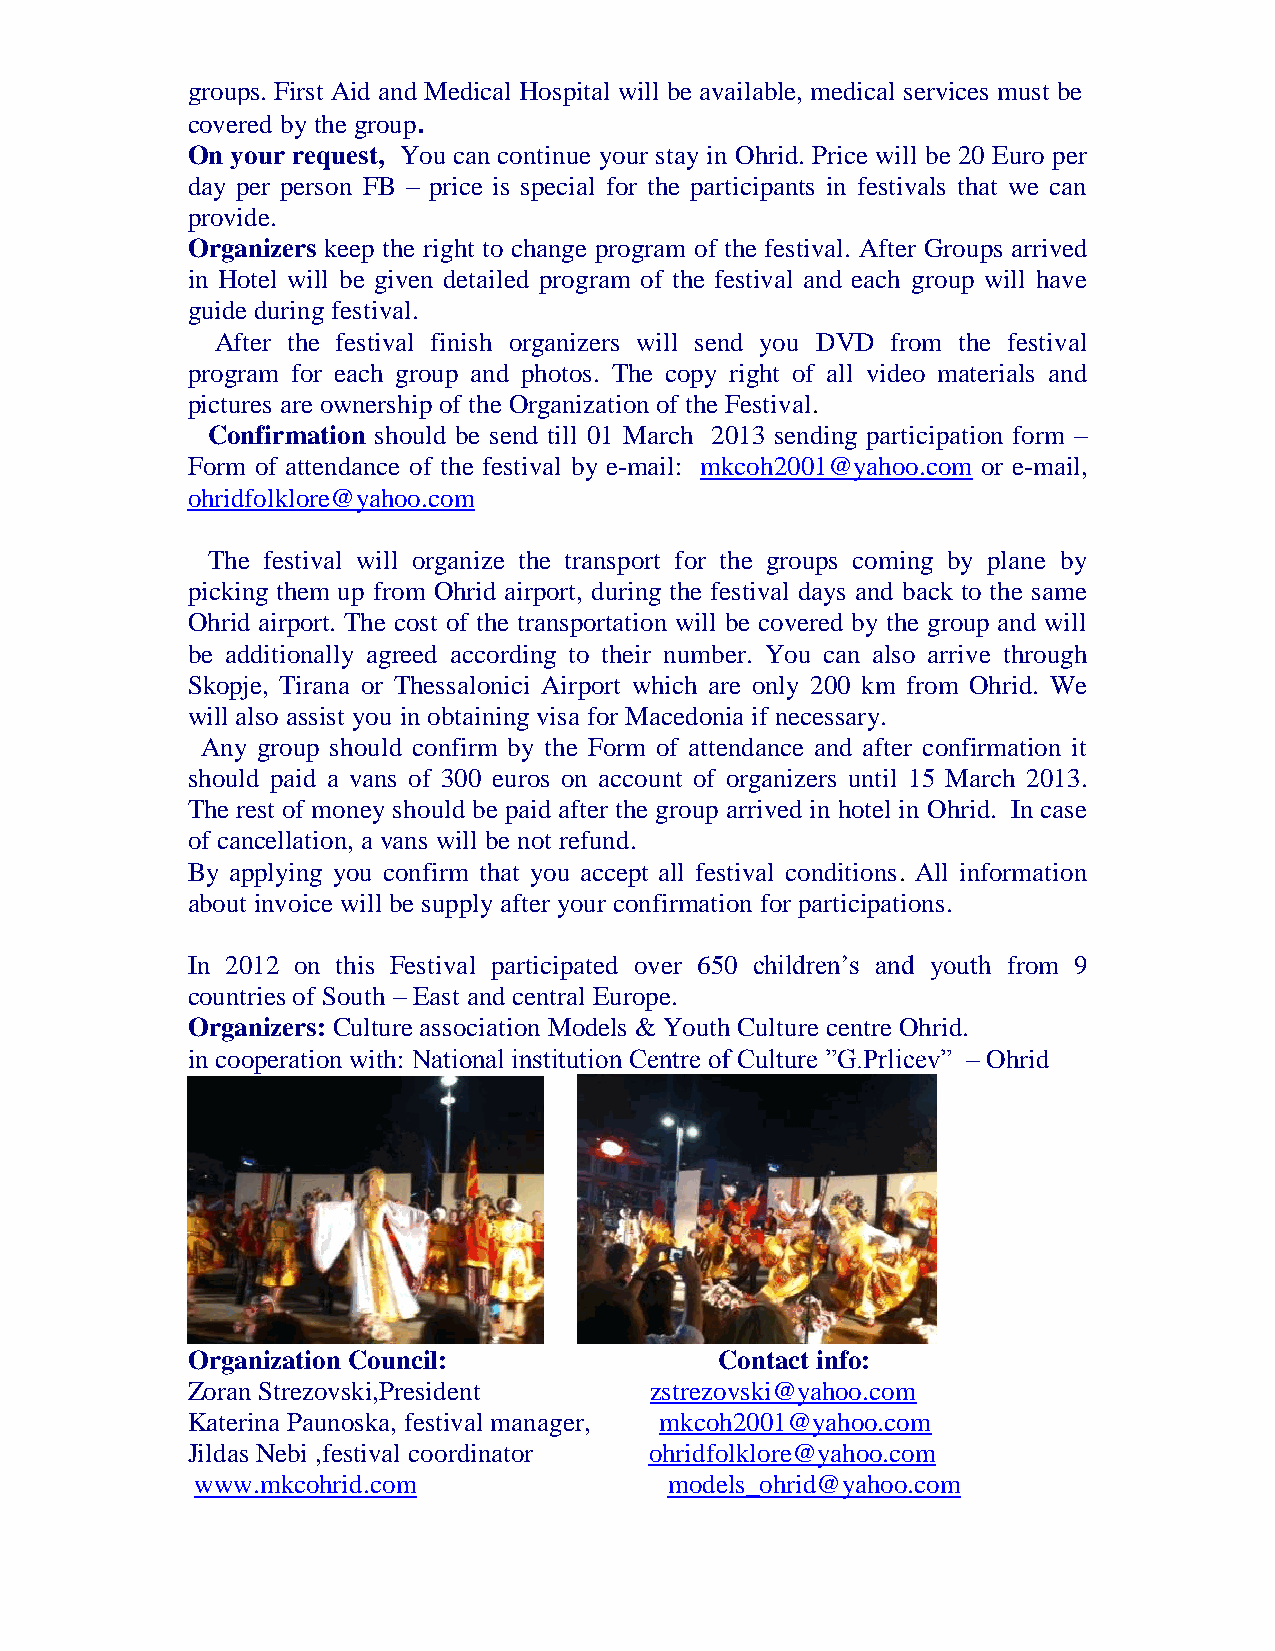
groups. First Aid and Medical Hospital will be available, medical services must be
 covered by the group.
 On your request, You can continue your stay in Ohrid. Price will be 20 Euro per
 day per person FB – price is special for the participants in festivals that we can
 provide.
 Organizers keep the right to change program of the festival. After Groups arrived
 in Hotel will be given detailed program of the festival and each group will have
 guide during festival.
 After the festival finish organizers will send you DVD from the festival
 program for each group and photos. The copy right of all video materials and
 pictures are ownership of the Organization of the Festival.
 Confirmation should be send till 01 March 2013 sending participation form –
 Form of attendance of the festival by e-mail: mkcoh2001@yahoo.com or e-mail,
 ohridfolklore@yahoo.com
 The festival will organize the transport for the groups coming by plane by
 picking them up from Ohrid airport, during the festival days and back to the same
 Ohrid airport. The cost of the transportation will be covered by the group and will
 be additionally agreed according to their number. You can also arrive through
 Skopje, Tirana or Thessalonici Airport which are only 200 km from Ohrid. We
 will also assist you in obtaining visa for Macedonia if necessary.
 Any group should confirm by the Form of attendance and after confirmation it
 should paid a vans of 300 euros on account of organizers until 15 March 2013.
 The rest of money should be paid after the group arrived in hotel in Ohrid. In case
 of cancellation, a vans will be not refund.
 By applying you confirm that you accept all festival conditions. All information
 about invoice will be supply after your confirmation for participations.
 In 2012 on this Festival participated over 650 children‟s and youth from 9
 countries of South – East and central Europe.
 Organizers: Culture association Models & Youth Culture centre Ohrid.
 in cooperation with: National institution Centre of Culture ”G.Prlicev” – Ohrid
 Organization Council:               Contact info:
 Zoran Strezovski,President     zstrezovski@yahoo.com
 Katerina Paunoska, festival manager, mkcoh2001@yahoo.com
 Jildas Nebi ,festival coordinator ohridfolklore@yahoo.com
 www.mkcohrid.com               models_ohrid@yahoo.com